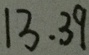
1 3 . 3 9